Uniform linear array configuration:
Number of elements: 12
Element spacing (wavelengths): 0.75
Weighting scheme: uniform
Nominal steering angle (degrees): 60
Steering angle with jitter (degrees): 61.731
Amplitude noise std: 0.05
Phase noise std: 0.05

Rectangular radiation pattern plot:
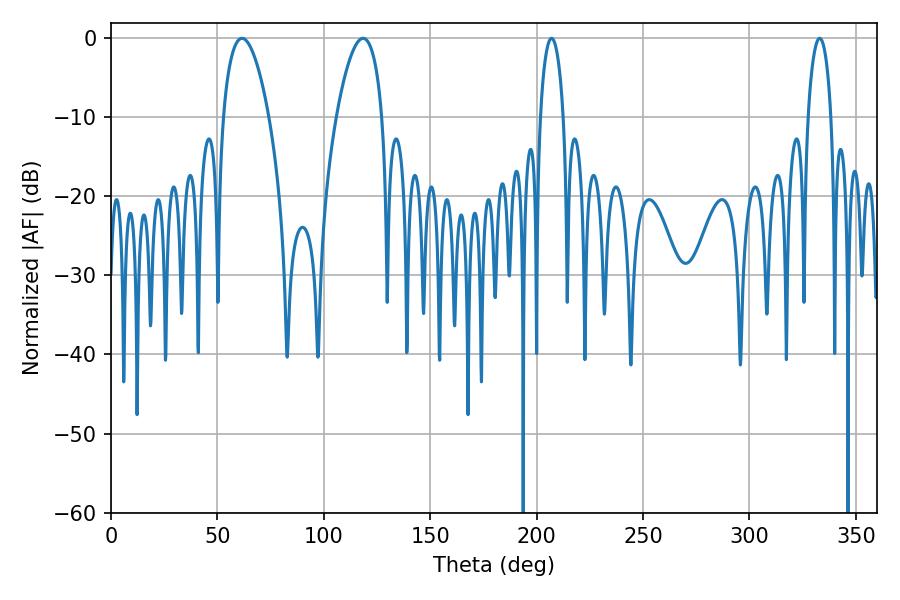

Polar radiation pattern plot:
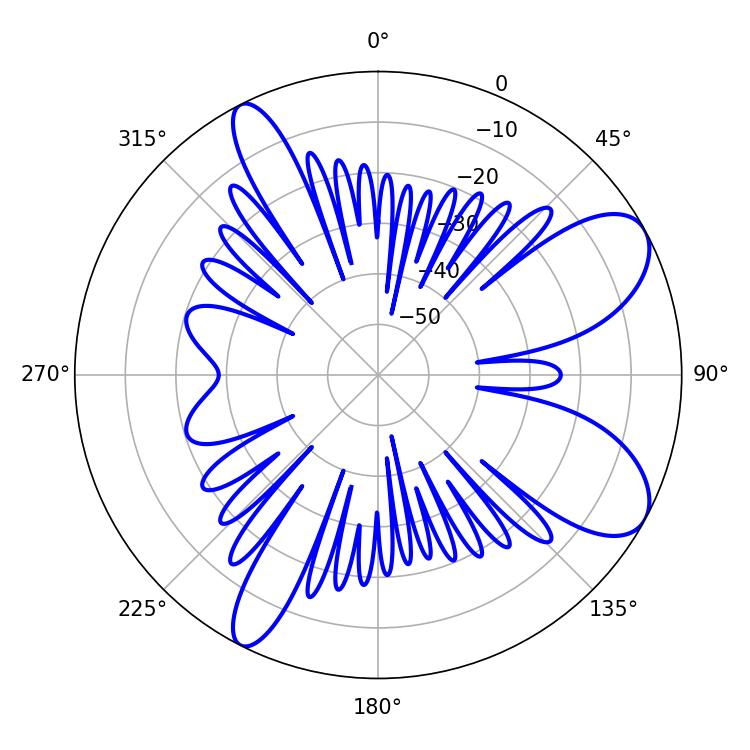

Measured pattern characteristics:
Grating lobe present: TRUE
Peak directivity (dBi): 8.48
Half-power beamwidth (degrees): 12.06
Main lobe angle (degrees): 61.56